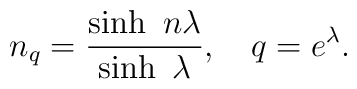
n_{q}=\frac{\sinh~n\lambda }{\sinh~\lambda },~~~q=e^{\lambda }.